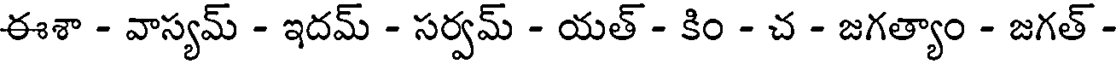
ఈశా - వాస్యమ్ - ఇదమ్ - సర్వమ్ - యత్ - కిం - చ - జగత్యాం - జగత్ -